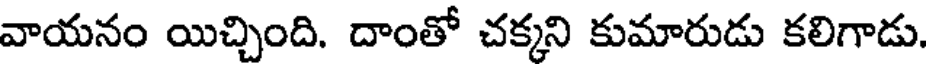
వాయనం యిచ్చింది. దాంతో చక్కని కుమారుడు కలిగాడు.